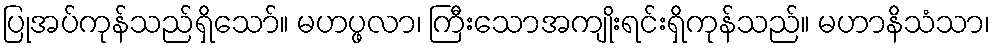
ပြုအပ်ကုန်သည်ရှိသော်။ မဟပ္ဖလာ၊ ကြီးသောအကျိုးရင်းရှိကုန်သည်။ မဟာနိသံသာ၊